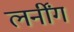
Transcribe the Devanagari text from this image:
लर्नींग